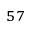
^ { 5 7 }